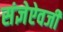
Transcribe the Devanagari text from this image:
संज्ञेऐवजी